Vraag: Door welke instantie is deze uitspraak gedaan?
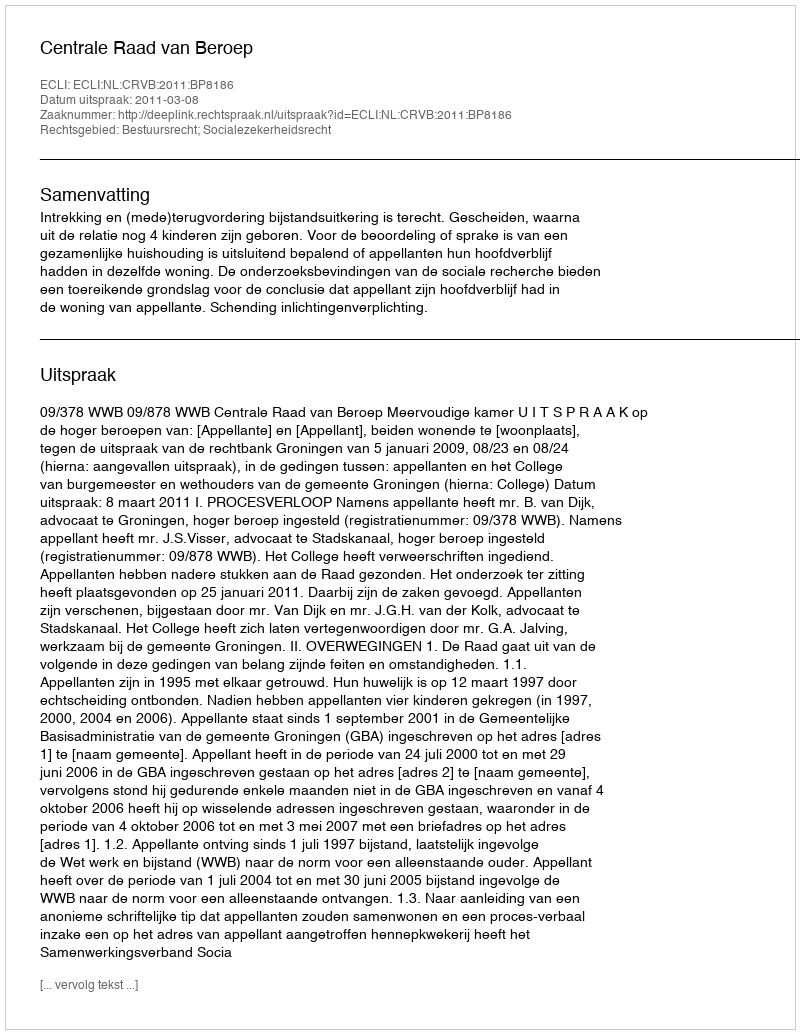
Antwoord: Centrale Raad van Beroep